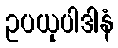
ဥပယုပါဒါနံ